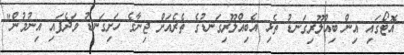
އޮޓޯގައި އިން ބިއްލޫރިގަނޑު ތެޅި އެބިއްލޫރިގަނޑުގެ ތެރެއަށް ޖިނާގެ ހަށިގަނޑު ވަދެފައި އިނުމުން"